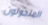
المتحولون